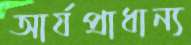
আর্যপ্রাধান্য